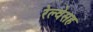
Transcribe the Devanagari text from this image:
रेल्वेसह